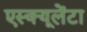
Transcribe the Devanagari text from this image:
एस्क्यूलेंटा